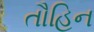
તૌહિન